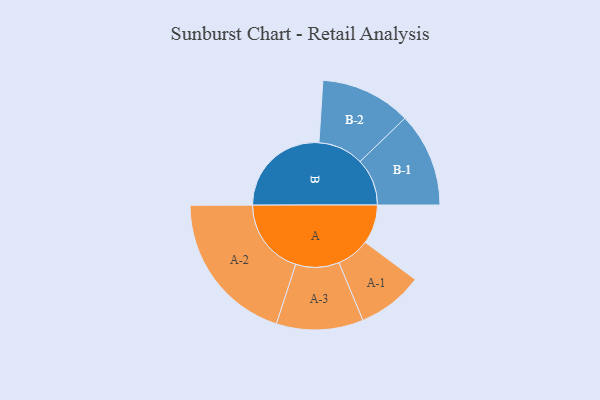
{"axis": {"x": "Segment", "y": "Value"}, "legend": ["", "A", "B"], "data": [{"x": "A", "y": 139, "type": ""}, {"x": "B", "y": 356, "type": ""}, {"x": "A-1", "y": 117, "type": "A"}, {"x": "A-2", "y": 273, "type": "A"}, {"x": "A-3", "y": 154, "type": "A"}, {"x": "B-1", "y": 167, "type": "B"}, {"x": "B-2", "y": 161, "type": "B"}]}